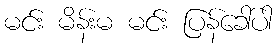
မင်း မိန်းမ မင်း ပြန်ခေါ်ပါ